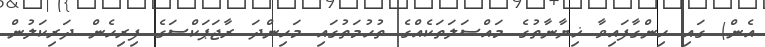
އެން) ގައި ހިންގާފައިވާ ޚިޔާނާތުގެ މައްސަލަތަކެއްގެ ތުހުމަތުގައި މަހިންދަ ރާޖަޕަކްސަގެ ފިރިހެން ދަރިކަލުން